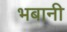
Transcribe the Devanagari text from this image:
भबानी